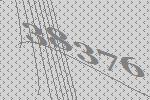
38376